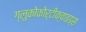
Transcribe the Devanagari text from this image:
ग्लुकोकोर्टीक्वाइड्स